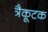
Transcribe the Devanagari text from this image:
त्रैकूटक